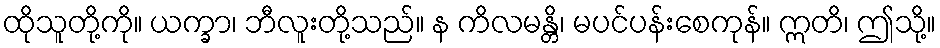
ထိုသူတို့ကို။ ယက္ခာ၊ ဘီလူးတို့သည်။ န ကိလမန္တိ၊ မပင်ပန်းစေကုန်။ ဣတိ၊ ဤသို့။